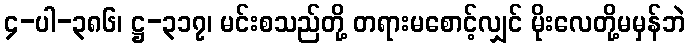
၄-ပါ-၃၈၆၊ ဋ္ဌ-၃၁၇၊ မင်းစသည်တို့ တရားမစောင့်လျှင် မိုးလေတို့မမှန်ဘဲ